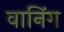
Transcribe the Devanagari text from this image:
वानिंग